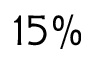
1 5 \%